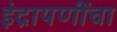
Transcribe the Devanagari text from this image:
इंद्रायणींचा